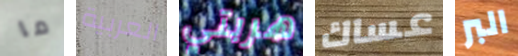
ما العربية هربتي عساك البر